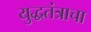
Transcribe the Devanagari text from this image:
युद्धतंत्राचा